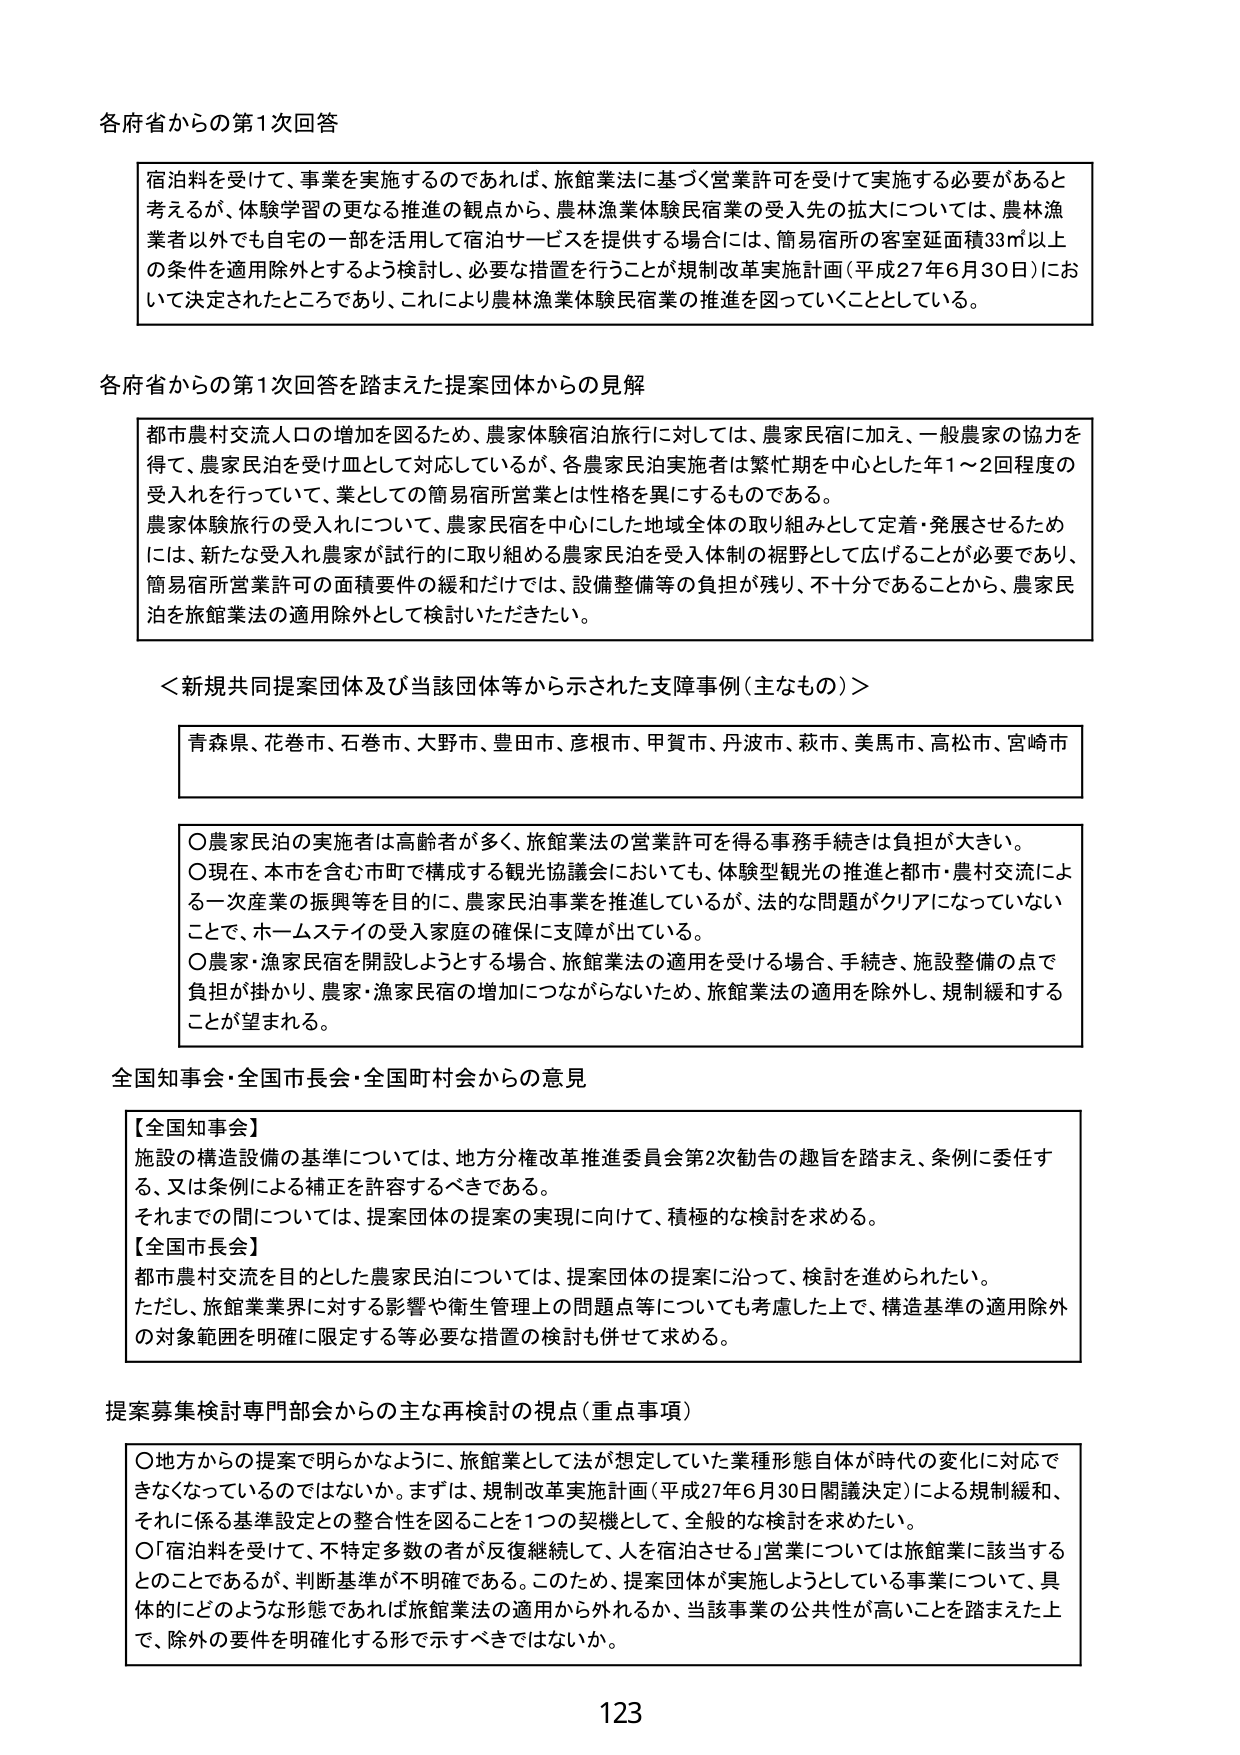
各府省からの第1次回答

宿泊料を受けて、事業を実施するのであれば、旅館業法に基づく営業許可を受けて実施する必要があると考えるが、体験学習の更なる推進の観点から、農林漁業体験民宿業の受入先の拡大については、農林漁業者以外でも自宅の一部を活用して宿泊サービスを提供する場合には、簡易宿所の客室延面積33㎡以上の条件を適用除外とするよう検討し、必要な措置を行うことが規制改革実施計画（平成27年6月30日）において決定されたところであり、これにより農林漁業体験民宿業の推進を図っていくこととしている。

各府省からの第1次回答を踏まえた提案団体からの見解

都市農村交流人口の増加を図るため、農家体験宿泊旅行に対しては、農家民宿に加え、一般農家の協力を得て、農家民泊を受け皿として対応しているが、各農家民泊実施者は繁忙期を中心とした年1～2回程度の受入れを行っていて、業としての簡易宿所営業とは性格を異にするものである。
農家体験旅行の受入れについて、農家民宿を中心とした地域全体の取り組みとして定着・発展させるためには、新たな受入れ農家が試行的に取り組める農家民泊を受入体制の裾野として広げることが必要であり、簡易宿所営業許可の面積要件の緩和だけでは、設備整備等の負担が残り、不十分であることから、農家民泊を旅館業法の適用除外として検討いただきたい。

＜新規共同提案団体及び当該団体等から示された支援事例（主なもの）＞

青森県、花巻市、石巻市、大野市、豊田市、彦根市、甲賀市、丹波市、萩市、美馬市、高松市、宮崎市

○農家民泊の実施者は高齢者が多く、旅館業法の営業許可を得る事務手続きは負担が大きい。
○現在、本市を含む市町で構成する観光協議会においても、体験型観光の推進と都市・農村交流による一次産業の振興等を目的に、農家民泊事業を推進しているが、法的な問題がクリアになっていないことで、ホームステイの受入家庭の確保に支障が出ている。
○農家・漁家民宿を開設しようとする場合、旅館業法の適用を受ける場合、手続き、施設整備の点で負担が掛かり、農家・漁家民宿の増加につながらないため、旅館業法の適用を除外し、規制緩和することが望まれる。

全国知事会・全国市長会・全国町村会からの意見

【全国知事会】
施設の構造設備の基準については、地方分権改革推進委員会第2次勧告の趣旨を踏まえ、条例に委任する、又は条例による補正を許容するべきである。
それまでの間については、提案団体の提案の実現に向けて、積極的な検討を求める。
【全国市長会】
都市農村交流を目的とした農家民泊については、提案団体の提案に沿って、検討を進められたい。
ただし、旅館業業界に対する影響や衛生管理上の問題点等についても考慮した上で、構造基準の適用除外の対象範囲を明確に限定する等必要な措置の検討も併せて求める。

提案募集検討専門部会からの主な再検討の視点（重点事項）

○地方からの提案で明らかなように、旅館業として法が想定していた業種形態自体が時代の変化に対応できなくなっているのではないか。まずは、規制改革実施計画（平成27年6月30日閣議決定）による規制緩和、それに係る基準設定との整合性を図ることを1つの契機として、全般的な検討を求めたい。
○「宿泊料を受けて、不特定多数の者が反復継続して、人を宿泊させる」営業については旅館業に該当するとのことであるが、判断基準が不明確である。このため、提案団体が実施しようとしている事業について、具体的にどのような形態であれば旅館業法の適用から外れるか、当該事業の公共性が高いことを踏まえた上で、除外の要件を明確化する形で示すべきではないか。

123